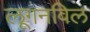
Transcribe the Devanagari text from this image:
लूगनविल